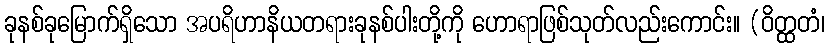
ခုနစ်ခုမြောက်ရှိသော အပရိဟာနိယတရားခုနစ်ပါးတို့ကို ဟောရာဖြစ်သုတ်လည်းကောင်း။ (ဝိတ္ထတံ၊